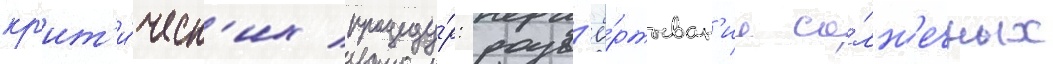
кр'ит'и́ческ'их процеду́р: разв'ё́ртыван'ие со́лн'ечных